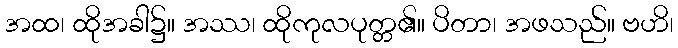
အထ၊ ထိုအခါ၌။ အဿ၊ ထိုကုလပုတ္တ၏။ ပိတာ၊ အဖသည်။ ဗဟိ၊